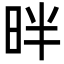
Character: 㫠